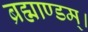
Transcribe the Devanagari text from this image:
ब्रह्माण्डम्।